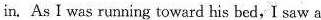
in.As I was running toward his bed,I saw a